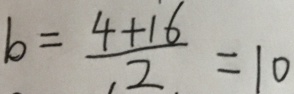
b = \frac { 4 + 1 6 } { 2 } = 1 0